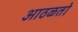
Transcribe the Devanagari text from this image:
आठळतो